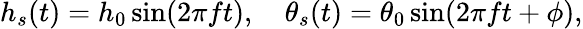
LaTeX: h_{s}(t)=h_{0}\sin(2\pi ft),\quad\theta_{s}(t)=\theta_{0}\sin(2\pi ft+\phi),